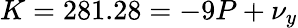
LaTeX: K=281.28=-9P+\nu_{y}